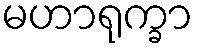
မဟာရုက္ခာ